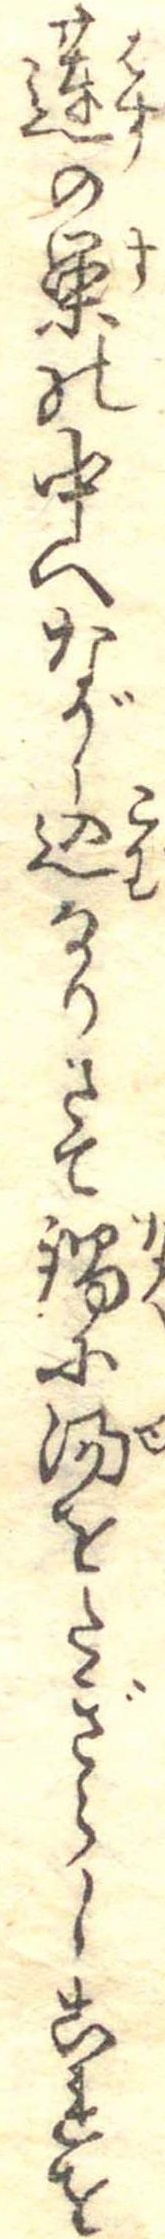
蓮の巣の中へながし込なりさて鍋に湯をたぎらしこれを